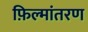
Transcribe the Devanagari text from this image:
फ़िल्मांतरण